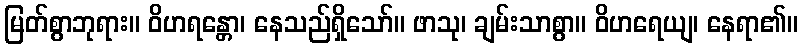
မြတ်စွာဘုရား။ ဝိဟရန္တော၊ နေသည်ရှိသော်။ ဖာသု၊ ချမ်းသာစွာ။ ဝိဟရေယျ၊ နေရာ၏။